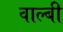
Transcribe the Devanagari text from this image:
वाल्बी